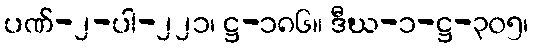
ပဏ်-၂-ပါ-၂၂၁၊ ဋ္ဌ-၁၈၆။ ဒီဃ-၁-ဋ္ဌ-၃၀၅၊